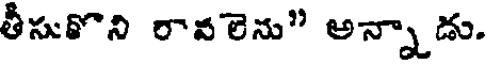
తీసుకొని రావలెను" అన్నాడు.